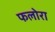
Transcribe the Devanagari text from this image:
फलोरा